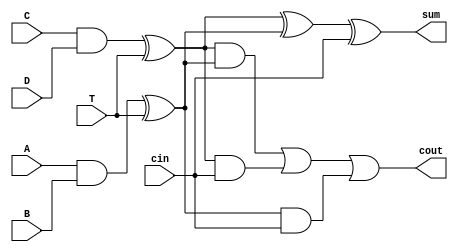
`timescale 1ns / 1ps
//////////////////////////////////////////////////////////////////////////////////
// Company: 
// Engineer: 
// 
// Design Name: 
// Module Name:    two_xor_fa 
// Project Name: 
// Target Devices: 
// Tool versions: 
// Description: 
//
// Dependencies: 
//
// Revision: 
// Revision 0.01 - File Created
// Additional Comments: 
//
//////////////////////////////////////////////////////////////////////////////////
module two_xor_fa(input A,B,C,D,T,cin,
    output cout ,sum
    );
wire and1,and2,xor1,xor2;
assign and1 = A&B;
assign and2 = C&D;
assign xor1 = and1 ^ T;
assign xor2 = and2 ^ T;
assign sum = xor2^xor1^cin;
assign cout = (xor2 & xor1 ) | (xor2 & cin ) | (xor1 & cin);

endmodule